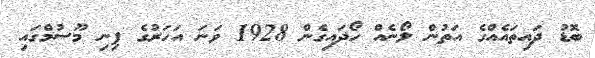
ބޮޑު ދައިތައެއްގެ އަތުން ލޯނެއް ހޯދައިގެން 1928 ވަނަ އަހަރުގެ ފިނި މޫސުމްގައި